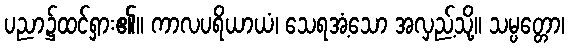
ပညာ၌ထင်ရှား၏။ ကာလပရိယာယံ၊ သေရအံ့သော အလှည့်သို့။ သမ္ပတ္တော၊